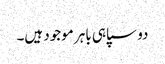
دو سپاہی باہر موجود ہیں۔